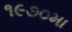
૧૯૭૦મા